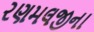
રણમલજીના